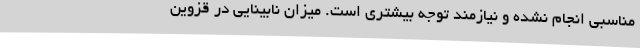
مناسبی انجام‌ نشده و نیازمند توجه بیشتری است. میزان نابینایی در قزوین